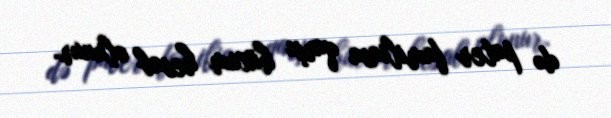
də pater familiasa qarşı hücum hesab olunur.